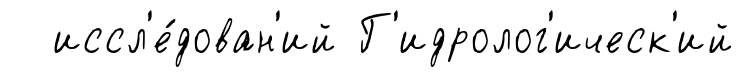
иссл'е́дован'ий Г'идролог'ическ'ий